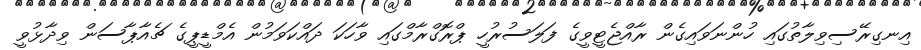
އިނގިރޭސިވިލާތުގައި ހުންނަވައިގެން ރާއްޖެޓީވީގެ ފަލަސުރުހީ ޕްރޮގްރާމްގައި ވާހަކަ ދައްކަވަމުން އެމްޑީޕީގެ ޗެއާޕާސަން ވިދާޅުވީ